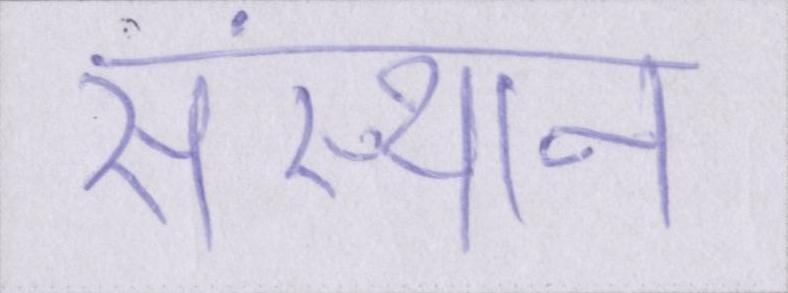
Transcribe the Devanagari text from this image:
संस्थान